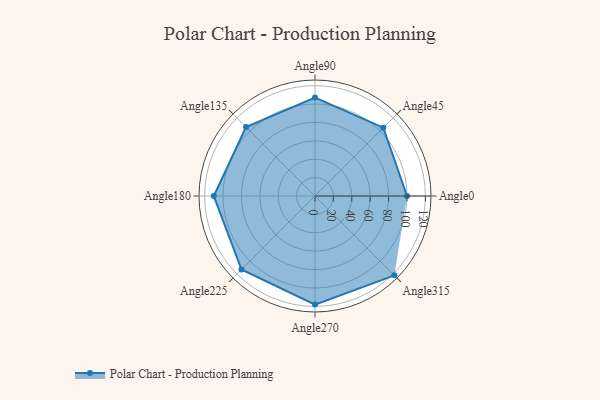
{"axis": {"x": "Angle", "y": "Radius"}, "legend": [""], "data": [{"x": "Angle0", "y": 100.0, "type": ""}, {"x": "Angle45", "y": 105.0, "type": ""}, {"x": "Angle90", "y": 107.0, "type": ""}, {"x": "Angle135", "y": 106.0, "type": ""}, {"x": "Angle180", "y": 110.0, "type": ""}, {"x": "Angle225", "y": 113.0, "type": ""}, {"x": "Angle270", "y": 118.0, "type": ""}, {"x": "Angle315", "y": 122.0, "type": ""}]}